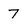
Character: 7